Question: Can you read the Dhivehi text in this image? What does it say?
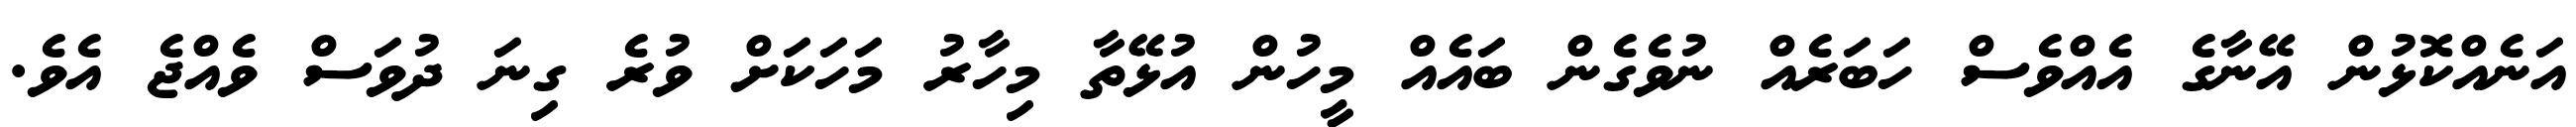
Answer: އަނެއްކޮޅުން އޭނާގެ އެއްވެސް ހަބަރެއް ނުވެގެން ބައެއް މީހުން އުޅޭތާ މިހާރު މަހަކަށް ވުރެ ގިނަ ދުވަސް ވެއްޖެ އެވެ.